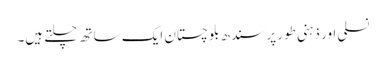
نسلی اور ذہنی طور پر سندھ بلوچستان ایک ساتھ چلتے ہیں۔